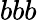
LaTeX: bbb